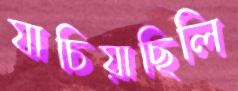
যাচিয়াছিলি